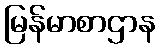
မြန်မာစာဌာန